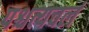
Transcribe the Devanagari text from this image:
पश्चत्यचलं